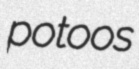
potoos